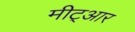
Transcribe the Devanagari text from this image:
मीट्आर